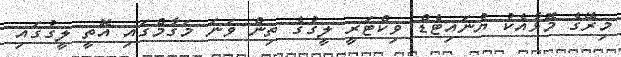
މިރޭގެ މޮޅާއެކު ޔުނައިޓެޑް ވިކްޓަރީ ލީގުގެ ތިން ވަނަ މަގާމްގައި އޮތީ ލީގުގައި